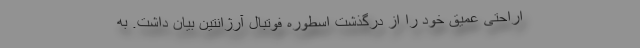
اراحتی عمیق خود را از درگذشت اسطوره فوتبال آرژانتین بیان داشت. به